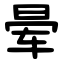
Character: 晕